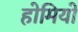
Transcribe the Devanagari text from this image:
होमियो